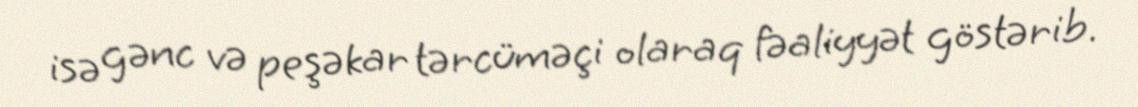
isə gənc və peşəkar tərcüməçi olaraq fəaliyyət göstərib.